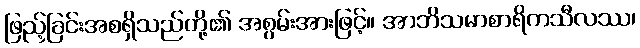
ဖြည့်ခြင်းအစရှိသည်တို့၏ အစွမ်းအားဖြင့်။ အာဘိသမာစာရိကသီလဿ၊